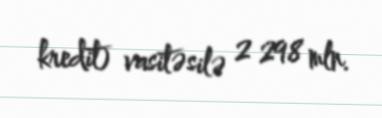
kredit) vasitəsilə 2 298 mln.